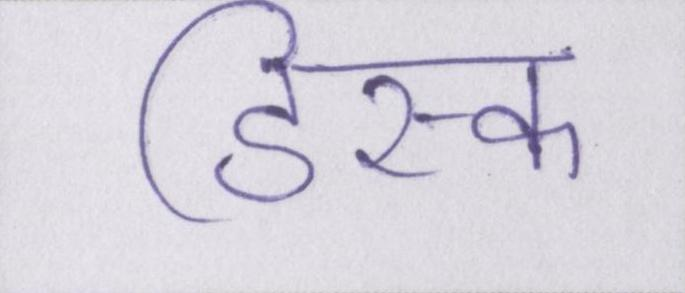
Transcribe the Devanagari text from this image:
डिस्क